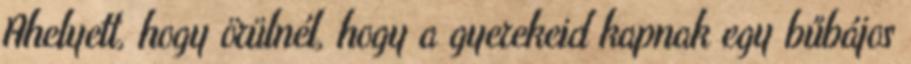
Ahelyett, hogy örülnél, hogy a gyerekeid kapnak egy bűbájos